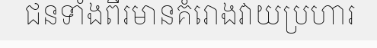
ជនទាំងពីរមានគំរោងវាយប្រហារ